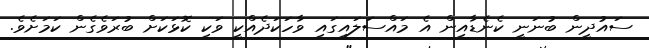
ސައުދީން ބުނަނީ ކެނެޑާއިން އެ މައްސަލައިގައި ވާހަކަދެއްކީ ވަކި ކޮޅަކަށް ބުރަވެގެން ކަމަށެވެ.